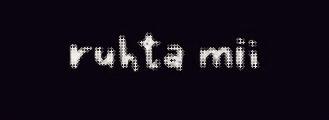
ruhta mii